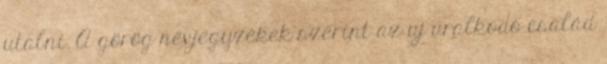
utalni. A görög névjegyzékek szerint az uj uralkodó család